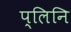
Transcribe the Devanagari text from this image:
प्लिनि